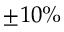
\pm 1 0 \%